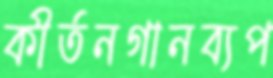
কীর্তনগানব্যপ